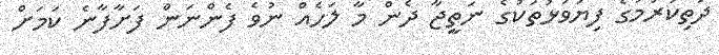
ދަތިކުރުމުގެ ފިޔަވަޅުތަކުގެ ނަތީޖާ ދެން މާ ލަހެއް ނުވެ ފެންނަން ފަށާފާނެ ކަމަށް